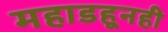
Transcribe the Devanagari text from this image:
महाडहूनही